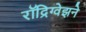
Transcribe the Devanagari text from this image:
रॉद्रिग्वेझने